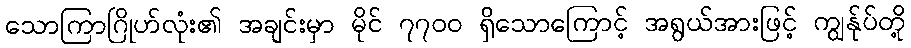
သောကြာဂြိုဟ်လုံး၏ အချင်းမှာ မိုင် ၇၇၀၀ ရှိသောကြောင့် အရွယ်အားဖြင့် ကျွန်ုပ်တို့